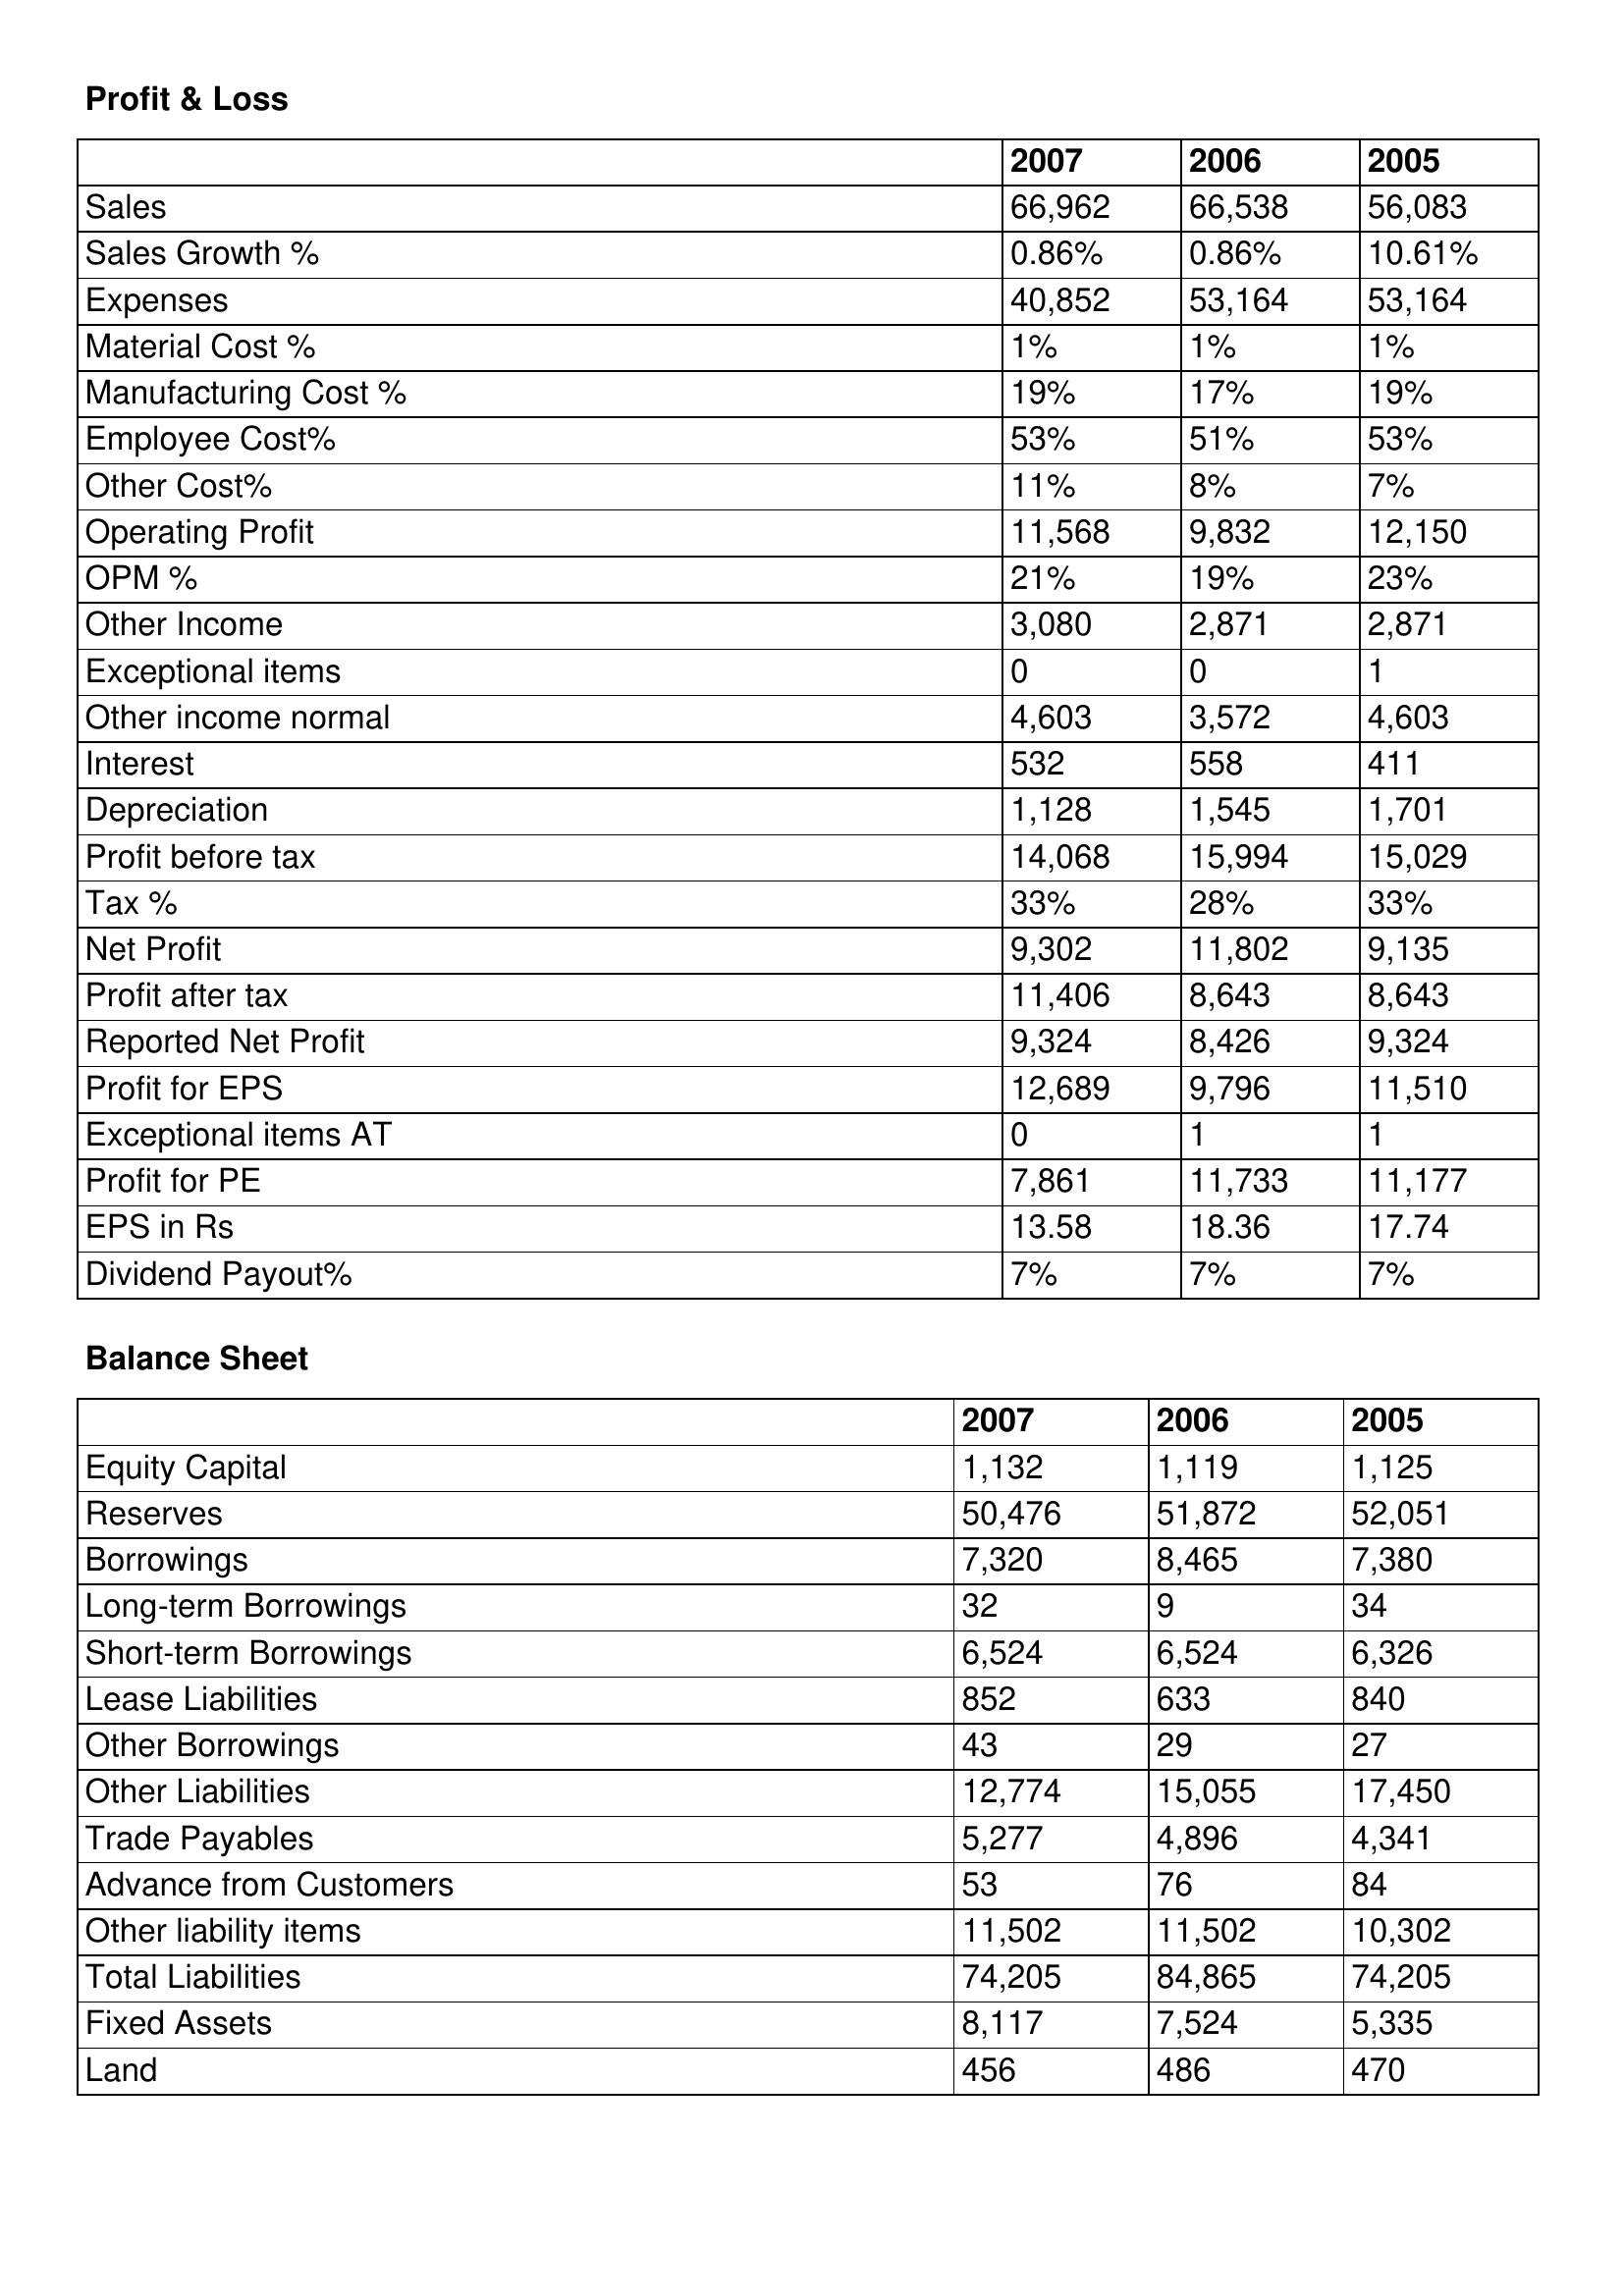
gt_parse: 2007: Profit & Loss: Sales: 66,962
Sales Growth %: 0.86%
Expenses: 40,852
Material Cost %: 1%
Manufacturing Cost %: 19%
Employee Cost%: 53%
Other Cost%: 11%
Operating Profit: 11,568
OPM %: 21%
Other Income: 3,080
Exceptional items: 0
Other income normal: 4,603
Interest: 532
Depreciation: 1,128
Profit before tax: 14,068
Tax %: 33%
Net Profit: 9,302
Profit after tax: 11,406
Reported Net Profit: 9,324
Profit for EPS: 12,689
Exceptional items AT: 0
Profit for PE: 7,861
EPS in Rs: 13.58
Dividend Payout%: 7%
Balance Sheet: Equity Capital: 1,132
Reserves: 50,476
Borrowings: 7,320
Long-term Borrowings: 32
Short-term Borrowings: 6,524
Lease Liabilities: 852
Other Borrowings: 43
Other Liabilities: 12,774
Trade Payables: 5,277
Advance from Customers: 53
Other liability items: 11,502
Total Liabilities: 74,205
Fixed Assets: 8,117
Land: 456
2006: Profit & Loss: Sales: 66,538
Sales Growth %: 0.86%
Expenses: 53,164
Material Cost %: 1%
Manufacturing Cost %: 17%
Employee Cost%: 51%
Other Cost%: 8%
Operating Profit: 9,832
OPM %: 19%
Other Income: 2,871
Exceptional items: 0
Other income normal: 3,572
Interest: 558
Depreciation: 1,545
Profit before tax: 15,994
Tax %: 28%
Net Profit: 11,802
Profit after tax: 8,643
Reported Net Profit: 8,426
Profit for EPS: 9,796
Exceptional items AT: 1
Profit for PE: 11,733
EPS in Rs: 18.36
Dividend Payout%: 7%
Balance Sheet: Equity Capital: 1,119
Reserves: 51,872
Borrowings: 8,465
Long-term Borrowings: 9
Short-term Borrowings: 6,524
Lease Liabilities: 633
Other Borrowings: 29
Other Liabilities: 15,055
Trade Payables: 4,896
Advance from Customers: 76
Other liability items: 11,502
Total Liabilities: 84,865
Fixed Assets: 7,524
Land: 486
2005: Profit & Loss: Sales: 56,083
Sales Growth %: 10.61%
Expenses: 53,164
Material Cost %: 1%
Manufacturing Cost %: 19%
Employee Cost%: 53%
Other Cost%: 7%
Operating Profit: 12,150
OPM %: 23%
Other Income: 2,871
Exceptional items: 1
Other income normal: 4,603
Interest: 411
Depreciation: 1,701
Profit before tax: 15,029
Tax %: 33%
Net Profit: 9,135
Profit after tax: 8,643
Reported Net Profit: 9,324
Profit for EPS: 11,510
Exceptional items AT: 1
Profit for PE: 11,177
EPS in Rs: 17.74
Dividend Payout%: 7%
Balance Sheet: Equity Capital: 1,125
Reserves: 52,051
Borrowings: 7,380
Long-term Borrowings: 34
Short-term Borrowings: 6,326
Lease Liabilities: 840
Other Borrowings: 27
Other Liabilities: 17,450
Trade Payables: 4,341
Advance from Customers: 84
Other liability items: 10,302
Total Liabilities: 74,205
Fixed Assets: 5,335
Land: 470